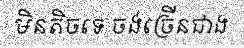
មិនតិចទេ ចង់ច្រើនជាង